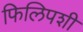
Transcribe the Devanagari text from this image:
फिलिपशी